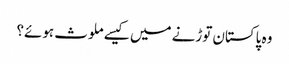
وہ پاکستان توڑنے میں کیسے ملوث ہوئے؟